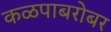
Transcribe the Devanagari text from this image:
कळपाबरोबर